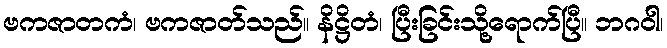
ဗကဇာတကံ၊ ဗကဇာတ်သည်။ နိဋ္ဌိတံ၊ ပြီးခြင်းသို့ရောက်ပြီ။ ဘဂဝါ၊